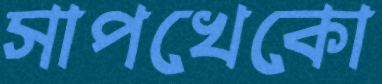
সাপখেকো